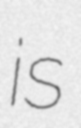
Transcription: is